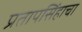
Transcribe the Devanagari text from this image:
प्रतापसिंहाचा